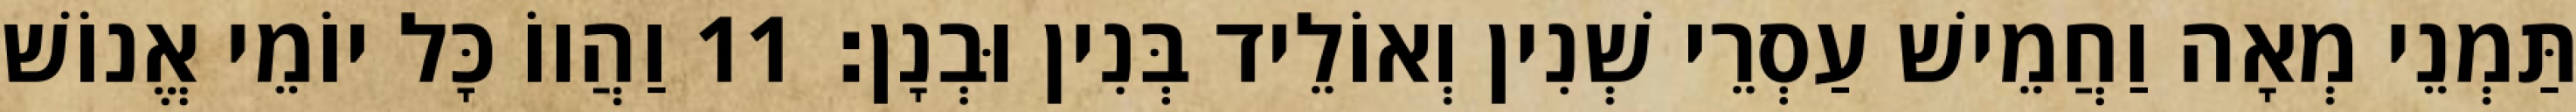
תַּמְנֵי מְאָה וַחֲמֵישׁ עַסְרֵי שְׁנִין וְאוֹלֵיד בְּנִין וּבְנָן׃ 11 וַהֲווֹ כָּל יוֹמֵי אֱנוֹשׁ